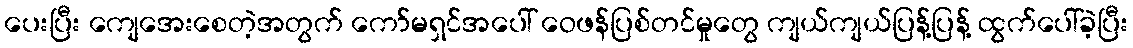
ပေးပြီး ကျေအေးစေတဲ့အတွက် ကော်မရှင်အပေါ် ဝေဖန်ပြစ်တင်မှုတွေ ကျယ်ကျယ်ပြန့်ပြန့် ထွက်ပေါ်ခဲ့ပြီး